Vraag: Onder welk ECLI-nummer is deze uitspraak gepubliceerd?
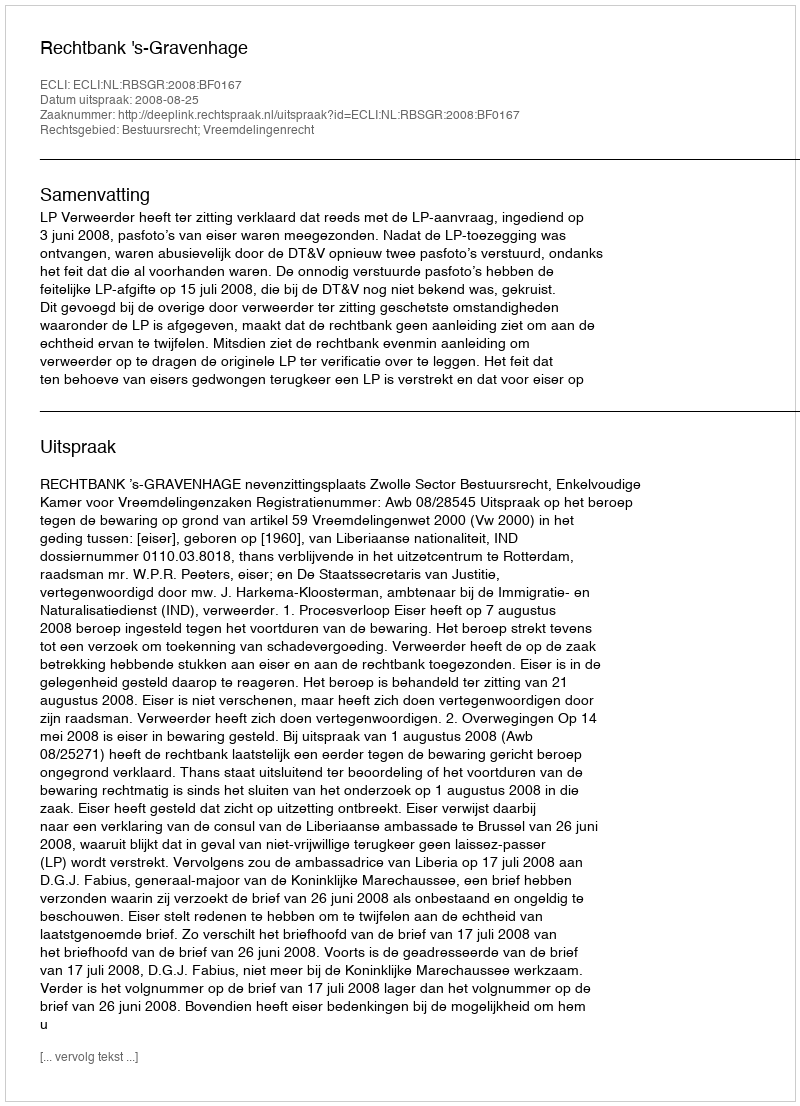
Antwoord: ECLI:NL:RBSGR:2008:BF0167